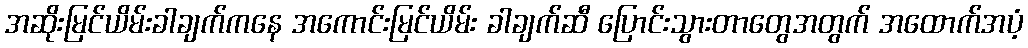
အဆိုးမြင်ယိမ်းခါချက်ကနေ အကောင်းမြင်ယိမ်း ခါချက်ဆီ ပြောင်းသွားတာတွေအတွက် အထောက်အပံ့